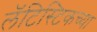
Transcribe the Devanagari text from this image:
लॅटिस्टिकच्या